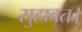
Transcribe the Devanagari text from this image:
सुहावत।